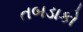
તબડાકો